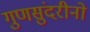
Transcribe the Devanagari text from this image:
गुणसुंदरीनो